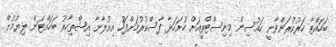
ބަހައްޓާ ހަރުކުރަންވާނީ ހައުސިން މިނިސްޓްރީއަށް ހުށަހަޅާ ފާސްކުރުމަށްފަހު އިއުލާނާ އިޝްތިހާރު ބަހައްޓަން ލިޔުމުން